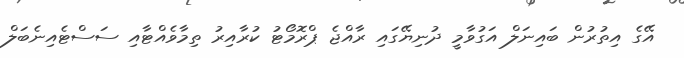
އޭގެ އިތުރުން ބައިނަލް އަގުވާމީ ދުނިޔޭގައި ރާއްޖެ ޕްރޮމޯޓު ކުރާއިރު ތިމާވެއްޓާއި ސަސްޓެއިނެބަލް